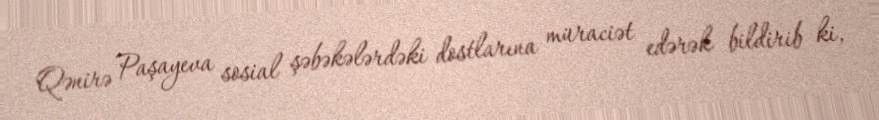
Qənirə Paşayeva sosial şəbəkələrdəki dostlarına müraciət edərək bildirib ki,